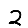
Digit: 2